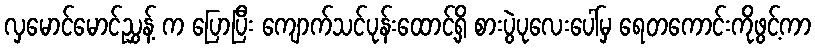
လှမောင်မောင်ညွှန့် က ပြောပြီး ကျောက်သင်ပုန်းထောင့်ရှိ စားပွဲပုလေးပေါ်မှ ရေတကောင်းကိုဖွင့်ကာ